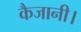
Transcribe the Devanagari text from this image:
कैजानी।